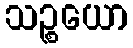
သဉ္စယော